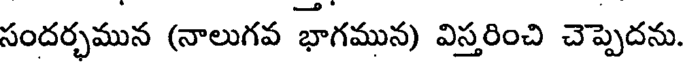
సందర్భమున (నాలుగవ భాగమున) విస్తరించి చెప్పెదను.